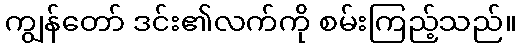
ကျွန်တော် ဒင်း၏လက်ကို စမ်းကြည့်သည်။